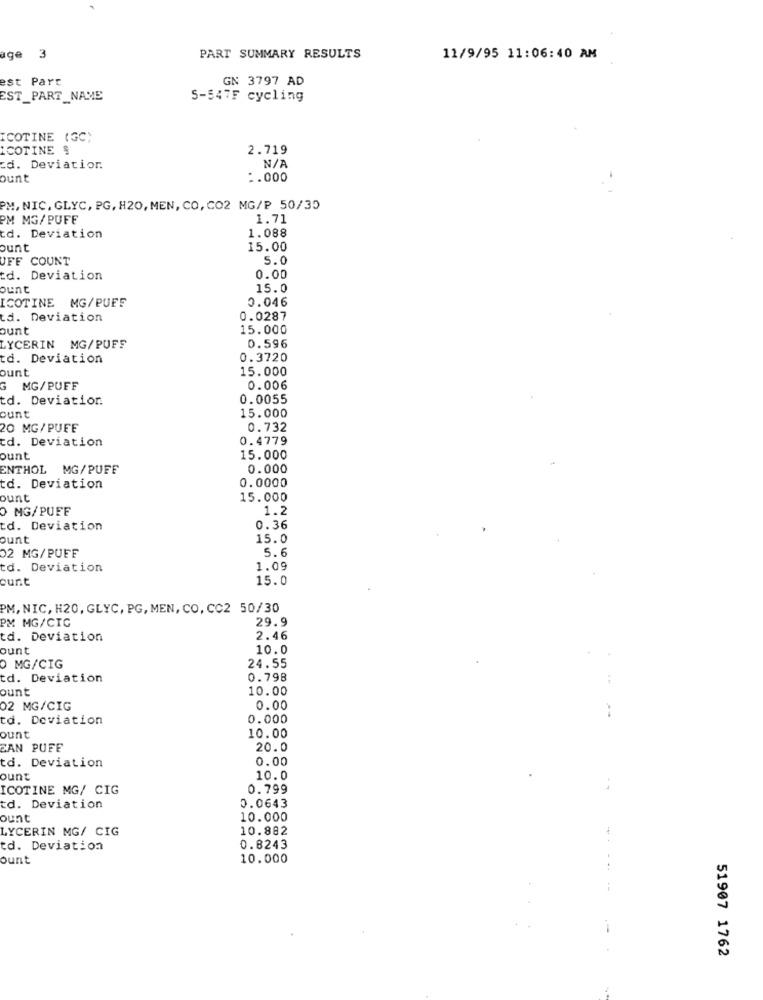
age 3
PART SUMMARY RESULTS
11/9/95 11:06:40 AM
est Part
GN 3797 AD
EST_PART_NAME
5-5475 cycling
ICOTINE (GC)
ICOTINE $
2.719
cd. Deviatior.
ount
:. 000
PM, NIC, GLYC, PG, H20, MEN, CO, CO2 MG/P 50/35
PM MG/PUFF
1.71
1.088
td. Deviation
ount
15.00
UFF COUNT
5.0
td. Deviation
0.00
ount
15.0
ICOTINE MG/PUFF
0.046
td. Deviation
0.0287
ount
15.000
LYCERIN MG/PUFF
0.596
d. Deviation
0.3720
ount
15.000
G
MG/PUFF
0.006
d. Deviation.
0.0055
ount
15.000
20 MG/PUFE
0.732
td. Deviation
0.4779
punt
15.000
ENTHOL MG/PUFF
0.000
0.0000
d. Deviation
ount
15.000
O MG/PUFF
1.2
td. Deviation
0.36
ount
15.0
5.6
02 MG/PUFF
td. Deviation
1.09
ount
15.0
PM, NIC, H20, GLYC, PG, MEN, CO, CC2 50/30
PM MG/CIC
29.9
td. Deviation
2.46
ount
10.0
24.55
0 MG/CIG
td. Deviation
0.798
ount
10.00
02 MG/CIG
0.00
td. Deviation
0.000
--
ount
10.00
CAN PUFF
20.0
0.00
td. Deviation
ount
10.0
ICOTINE MG/ CIG
0.799
d. Deviation
0.0643
ount
10.000
LYCERIN MG/ CIG
10.882
td. Deviation
0.8243
ount
10.000
51907 1762